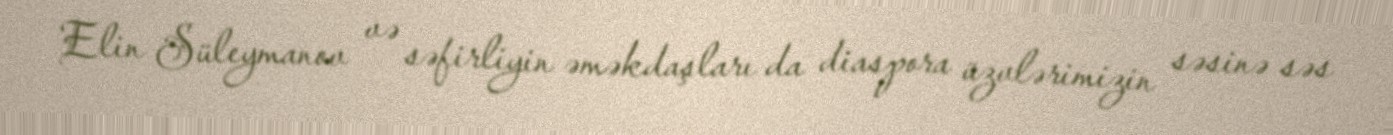
Elin Süleymanov və səfirliyin əməkdaşları da diaspora üzvlərimizin səsinə səs